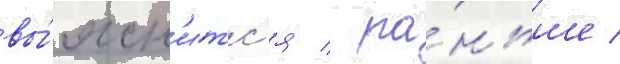
вы́ясн'итс'я / ра́ньше /